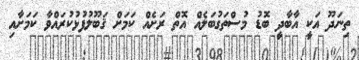
ތިނަދޫ އަކީ އާބާދީ ބޮޑު މުސްތަގުބަލެއް އޮތް ރަށެއް ކަމަށް ޤަބޫލުފުޅުކުރައްވާ ކަމަށާއި